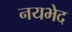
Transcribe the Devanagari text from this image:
नयभेद